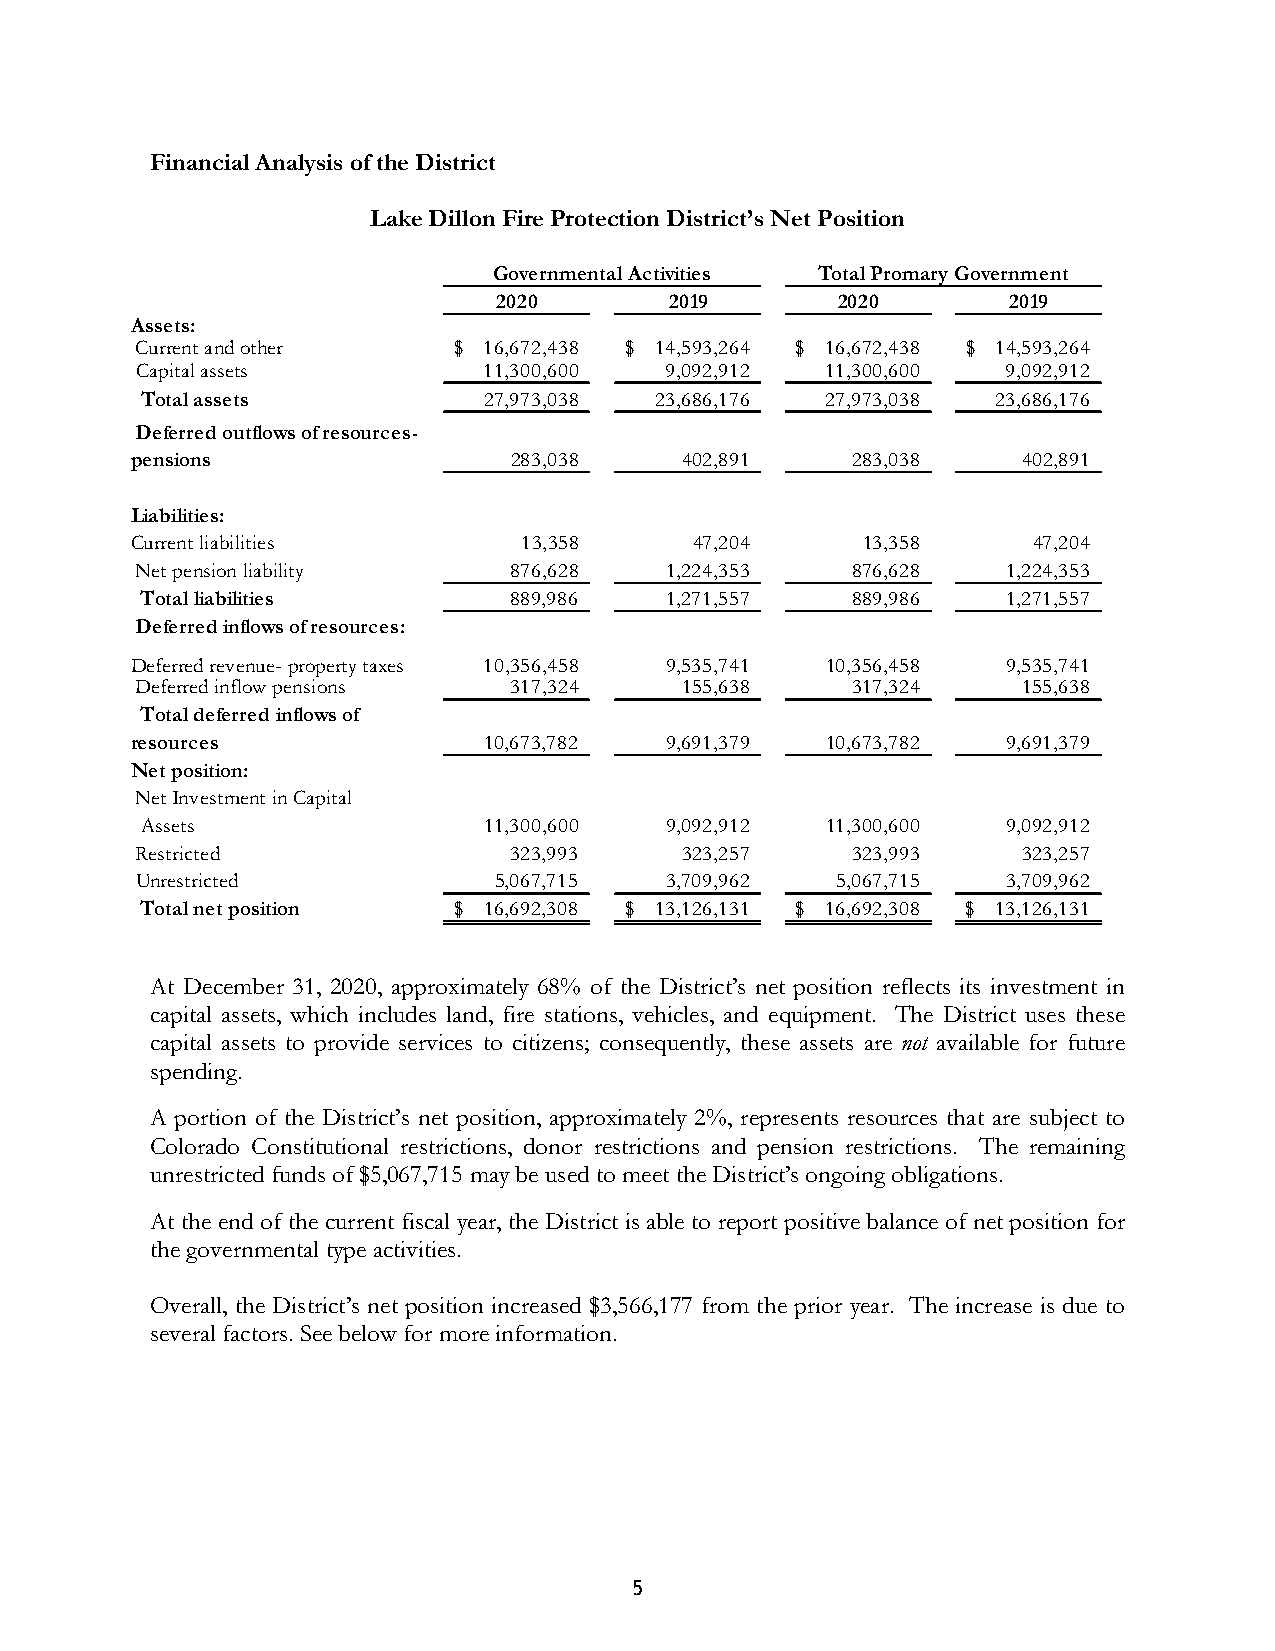
Financial Analysis of the District
 Lake Dillon Fire Protection District’s Net Position
 Governmental Activities Total Promary Government
 2020       2019       2020        2019
 Assets:
 Current and other    $ 1 6,672,438 $ 14,593,264 $ 16,672,438 $ 14,593,264
 Capital assets         11,300,600  9,092,912  11,300,600  9,092,912
 Total assets           27,973,038 23,686,176  27,973,038 23,686,176
 Deferred outflows of resources-
 pensions                 283,038    402,891    283,038     402,891
 Liabilities:
 Current liabilities       13,358     47,204     13,358     47,204
 Net pension liability    876,628   1,224,353   876,628    1,224,353
 Total liabilities        889,986   1,271,557   889,986    1,271,557
 Deferred inflows of resources:
 Deferred revenue- property taxes 10,356,458 9,535,741 10,356,458 9,535,741
 Deferred inflow pensions 317,324    155,638    317,324     155,638
 Total deferred inflows of
 resources              10,673,782  9,691,379  10,673,782  9,691,379
 Net position:
 Net Investment in Capital
 Assets                 11,300,600  9,092,912  11,300,600  9,092,912
 Restricted               323,993    323,257    323,993     323,257
 Unrestricted            5,067,715  3,709,962  5,067,715   3,709,962
 Total net position   $ 1 6,692,308 $ 13,126,131 $ 16,692,308 $ 13,126,131
 At December 31, 2020, approximately 68% of the District’s net position reflects its investment in
 capital assets, which includes land, fire stations, vehicles, and equipment. The District uses these
 capital assets to provide services to citizens; consequently, these assets are not available for future
 spending.
 A portion of the District’s net position, approximately 2%, represents resources that are subject to
 Colorado Constitutional restrictions, donor restrictions and pension restrictions. The remaining
 unrestricted funds of $5,067,715 may be used to meet the District’s ongoing obligations.
 At the end of the current fiscal year, the District is able to report positive balance of net position for
 the governmental type activities.
 Overall, the District’s net position increased $3,566,177 from the prior year. The increase is due to
 several factors. See below for more information.
 5